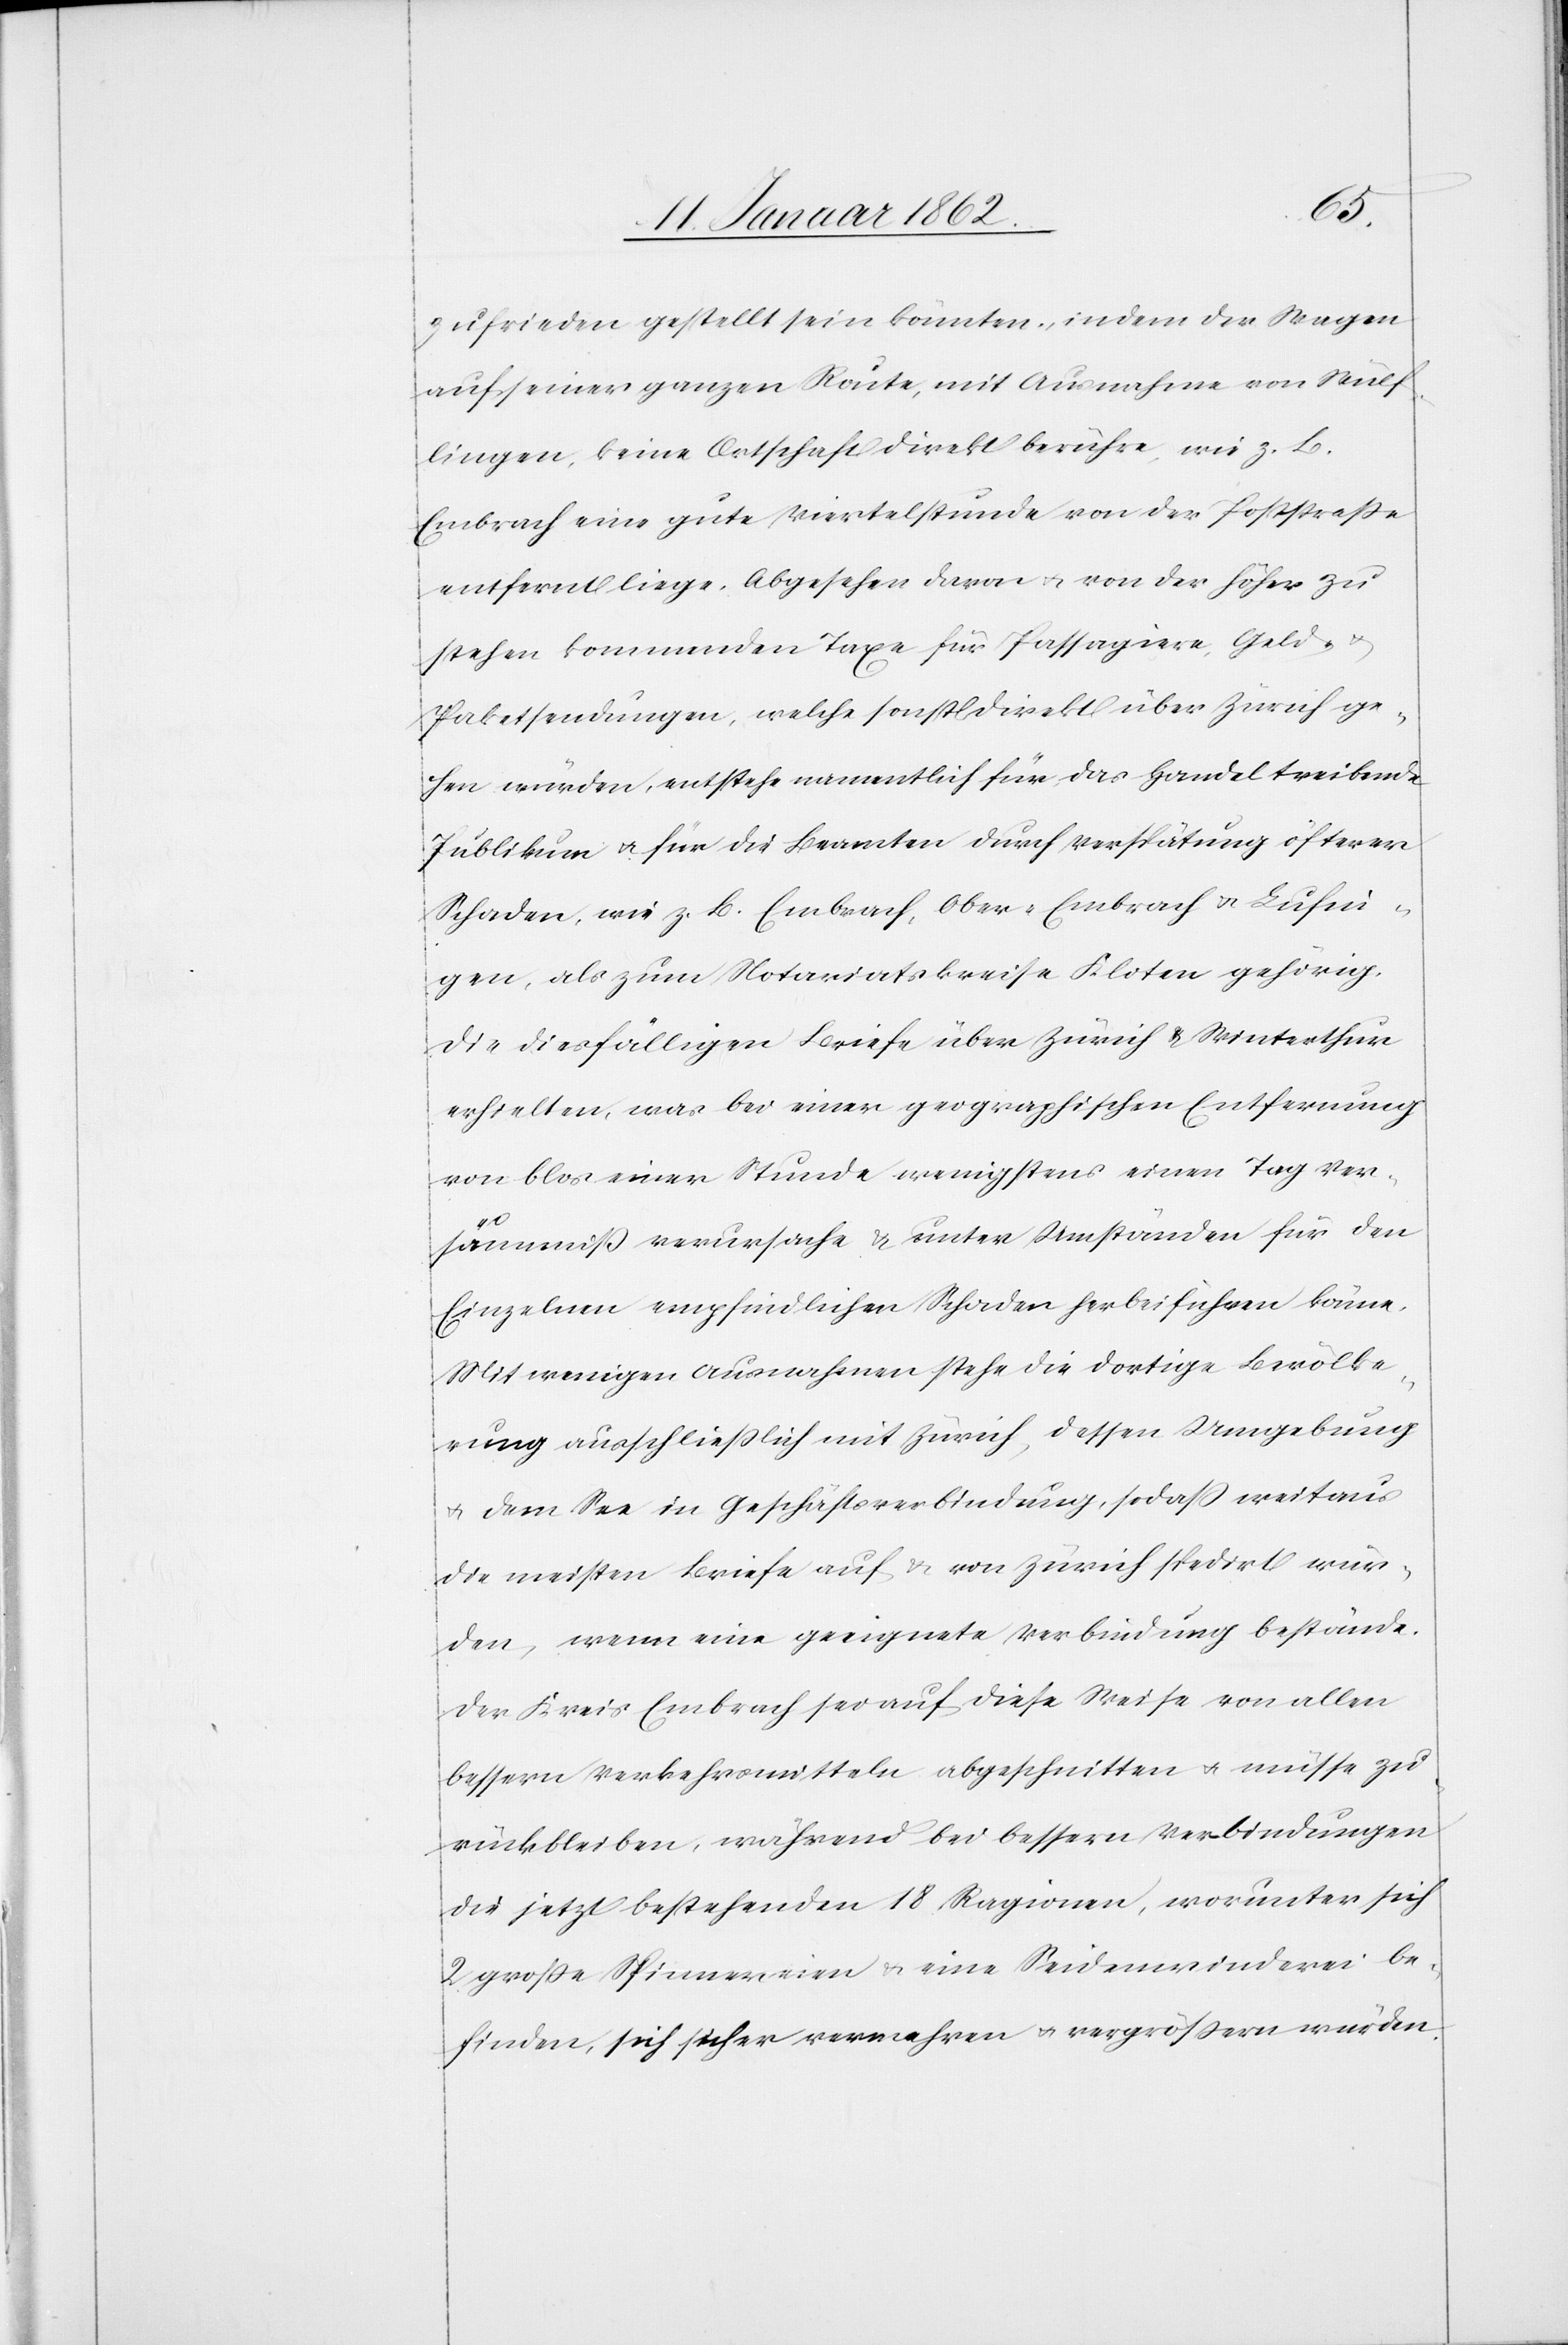
zufrieden gestellt sein könnten, indem der Wagen
auf seiner ganzen Route, mit Ausnahme von Wülf¬
lingen, keine Ortschaft direkt berühre, wie z. B.
Embrach eine gute Viertelstunde von der Poststraße
entfernt liege. Abgesehen davon u. von der höher zu
stehen kommenden Taxe für Passagiere, Geld-
Paketsendungen, welche sonst direkt über Zürich ge¬
hen würden, entstehe namentlich für das Handel treibende
Publikum u. für die Beamten durch Verspätung öfteren
Schaden, wie z. B. Embrach, Ober-Embrach u. Lufin¬
gen, als zum Notariatskreise Kloten gehörig,
die diesfälligen Briefe über Zürich & Winterthur
erhielten, was bei einer geographischen Entfernung
von blos einer Stunde wenigstens einen Tag Ver¬
säumniß verursache u. unter Umständen für den
Einzelnen empfindlichen Schaden herbeiführen könne.
Mit wenigen Ausnahmen stehe die dortige Bevölke¬
rung ausschließlich mit Zürich, dessen Umgebung
u. dem See in Geschäftsverbindung, sodaß weitaus
die meisten Briefe auf u. von Zürich spedirt wür¬
den, wenn eine geeignete Verbindung bestände.
Der Kreis Embrach sei auf diese Weise von allen
bessern Verkehrsmitteln abgeschnitten u. müsse zu¬
rückbleiben, während bei bessern Verbindungen
die jetzt bestehenden 18 Ragionen, worunter sich
2 große Spinnereien u. eine Seidenwinderei be¬
finden, sich sicher vermehren u. vergrößern würden.